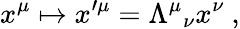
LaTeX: x^{\mu}\mapsto x^{\prime\mu}={\Lambda^{\mu}}_{\nu}x^{\nu}~,